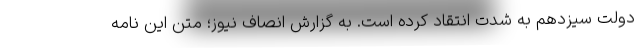
دولت سیزدهم به شدت انتقاد کرده است. به گزارش انصاف نیوز؛ متن این نامه